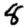
Digit: 8